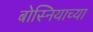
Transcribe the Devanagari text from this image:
बोस्नियाच्या